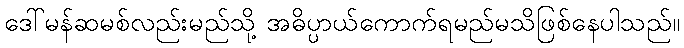
ဒေါ်မန်ဆမစ်လည်းမည်သို့ အဓိပ္ပာယ်ကောက်ရမည်မသိဖြစ်နေပါသည်။